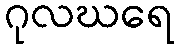
ဂုလဃရေ